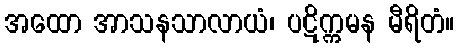
အထော အာသနသာလာယံ၊ ပဋိက္ကမန မီရိတံ။